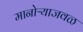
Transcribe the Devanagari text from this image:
मानोऱ्याजवळ